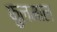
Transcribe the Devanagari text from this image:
फुलमाल